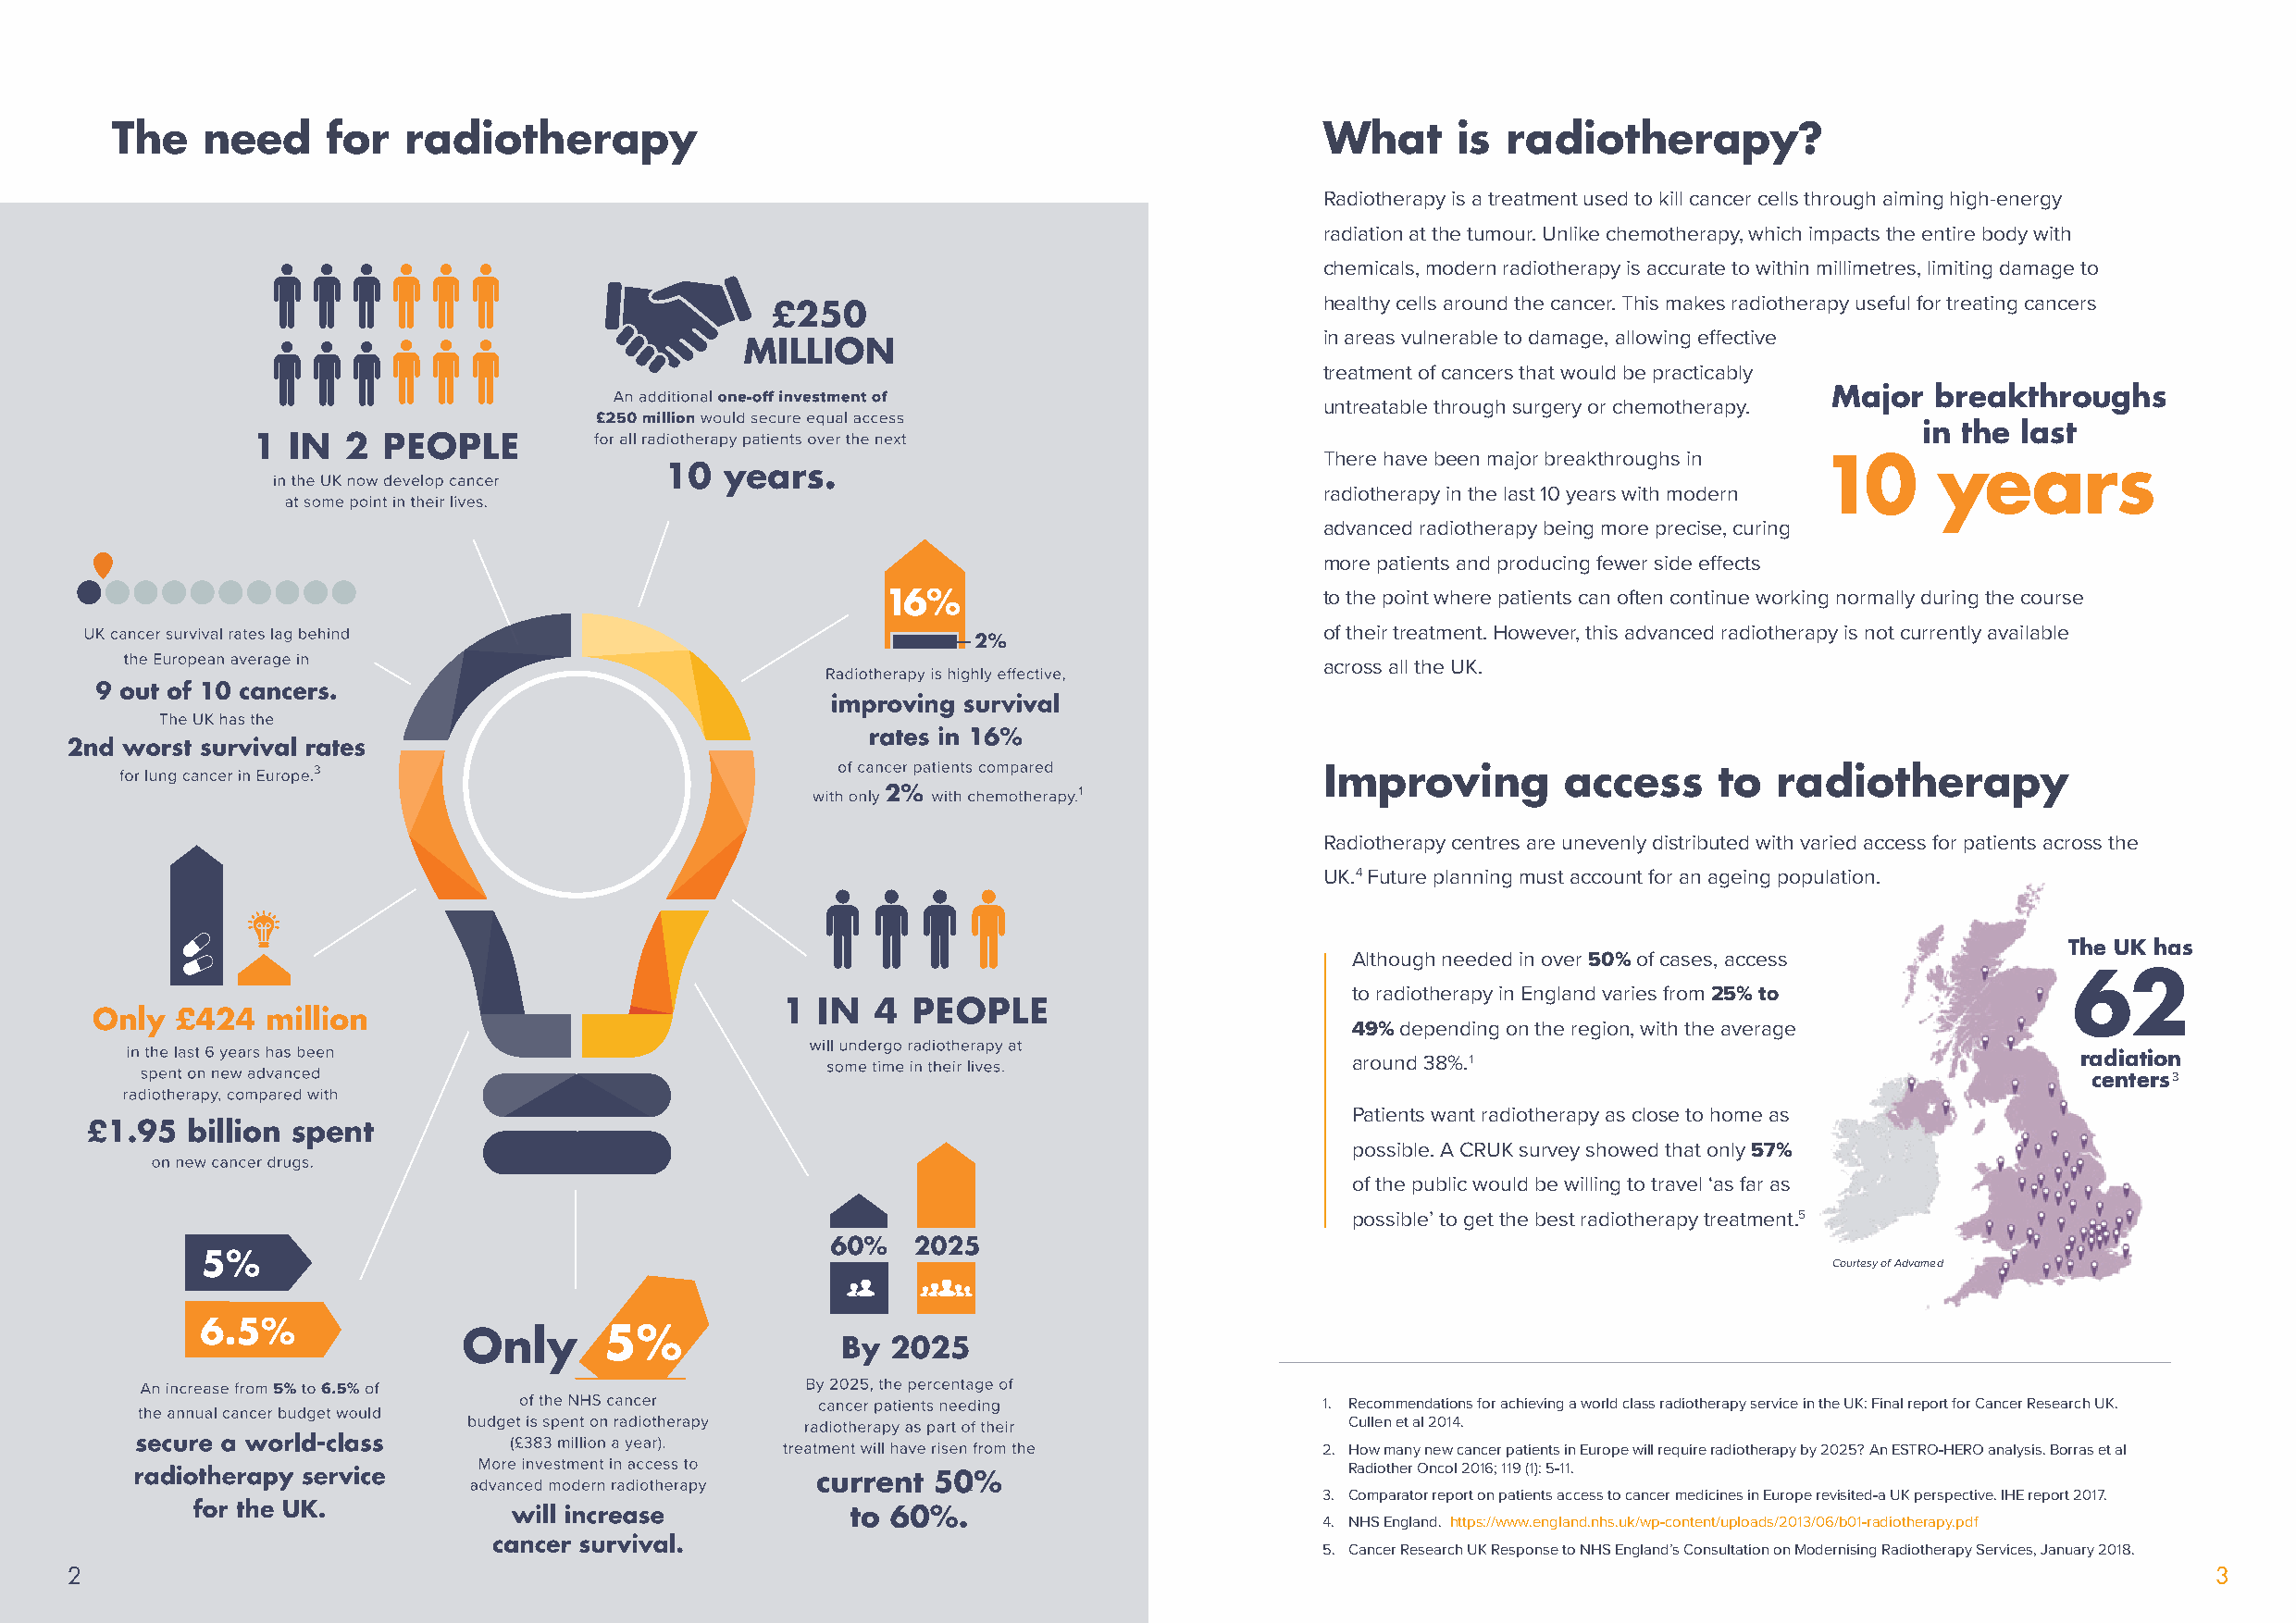
The    need    for   radiotherapy                                                      What     is  radiotherapy?
 Radiotherapy is a treatment used to kill cancer cells through aiming high-energy
 radiation at the tumour. Unlike chemotherapy, which impacts the entire body with
 chemicals, modern radiotherapy is accurate to within millimetres, limiting damage to
 healthy cells around the cancer. This makes radiotherapy useful for treating cancers
 in areas vulnerable to damage, allowing effective
 treatment of cancers that would be practicably
 Major  breakthroughs
 untreatable through surgery or chemotherapy.
 in the  last
 There have been major breakthroughs in 10   years
 radiotherapy in the last 10 years with modern
 advanced radiotherapy being more precise, curing
 more patients and producing fewer side effects
 to the point where patients can often continue working normally during the course
 of their treatment. However, this advanced radiotherapy is not currently available
 across all the UK.
 Improving        access     to  radiotherapy
 Radiotherapy centres are unevenly distributed with varied access for patients across the
 UK.4 Future planning must account for an ageing population.
 The UK has
 Although needed in over 50% of cases, access
 62
 to radiotherapy in England varies from 25% to
 49% depending on the region, with the average
 around 38%.1                                        radiation
 centers3
 Patients want radiotherapy as close to home as
 possible. A CRUK survey showed that only 57%
 of the public would be willing to travel ‘as far as
 possible’ to get the best radiotherapy treatment.5
 Courtesy of Advamed
 1. Recommendations for achieving a world class radiotherapy service in the UK: Final report for Cancer Research UK.
 Cullen et al 2014.
 2. How many new cancer patients in Europe will require radiotherapy by 2025? An ESTRO-HERO analysis. Borras et al
 Radiother Oncol 2016; 119 (1): 5-11.
 3. Comparator report on patients access to cancer medicines in Europe revisited-a UK perspective. IHE report 2017.
 4. NHS England. https://www.england.nhs.uk/wp-content/uploads/2013/06/b01-radiotherapy.pdf
 5. Cancer Research UK Response to NHS England’s Consultation on Modernising Radiotherapy Services, January 2018.
 22                                                                                                                                                       3